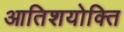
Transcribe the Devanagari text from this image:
आतिशयोक्ति